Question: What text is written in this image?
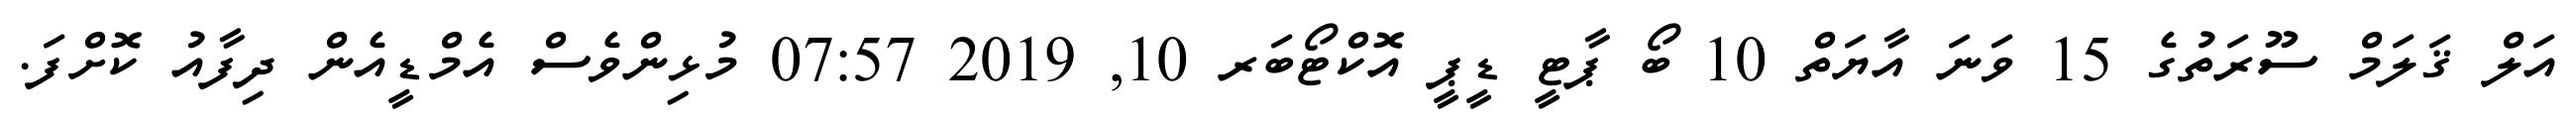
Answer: އަލް ޤަލަމް ސޫރަތުގެ 15 ވަނަ އާޔަތް 10 ބޯ ޕާޓީ ޑީޕީ އޮކްޓޯބަރ 10, 2019 07:57 މުޅިންވެސް އެމްޑީއެން ދިފާއު ކޮށްފަ.